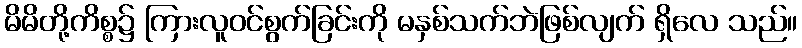
မိမိတို့ကိစ္စ၌ ကြားလူဝင်စွက်ခြင်းကို မနှစ်သက်ဘဲဖြစ်လျက် ရှိလေ သည်။